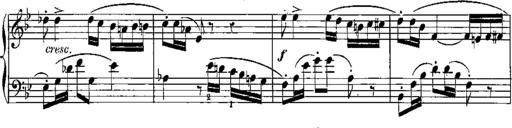
Title: 6 Sonatines
Composer: Albert Lavignac
Key: C major
 G major
 D major
 A minor
 F major
 B-flat major